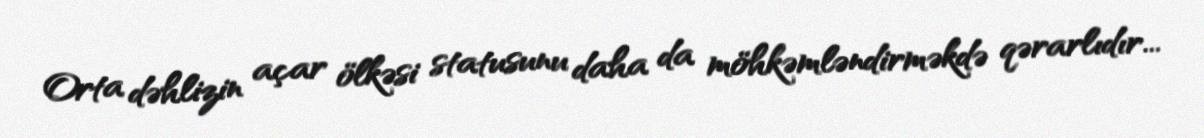
Orta dəhlizin açar ölkəsi statusunu daha da möhkəmləndirməkdə qərarlıdır...